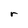
Character: r